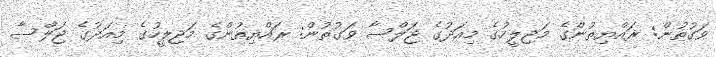
ވަގުތުން: ރައްޔިތުންގެ މަޖިލީހުގެ މިއަދުގެ ޖަލްސާ ވަގުތުން: ރައްޔިތުންގެ މަޖިލީހުގެ މިއަދުގެ ޖަލްސާ